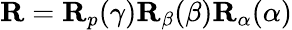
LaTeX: \begin{array}{r}{\mathbf{R}=\mathbf{R}_{p}(\gamma)\mathbf{R}_{\beta}(\beta)\mathbf{R}_{\alpha}(\alpha)}\end{array}